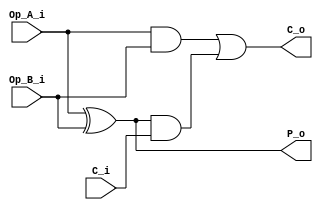
`timescale 1ns / 1ps
//////////////////////////////////////////////////////////////////////////////////
// Company: 
// Engineer: 
// 
// Design Name: 
// Module Name: Comb_1b
// Project Name: 
// Target Devices: 
// Tool Versions: 
// Description: 
// 
// Dependencies: 
// 
// Revision:
// Revision 0.01 - File Created
// Additional Comments:
// 
//////////////////////////////////////////////////////////////////////////////////


module Comb_1b(
    input wire Op_A_i,
    input wire Op_B_i,
    input wire C_i, //Carry in
    output wire C_o, //Carry out
    output wire P_o //Propagate (for LZA)
    );
    
    assign P_o = Op_A_i ^ Op_B_i;
    assign C_o = (Op_A_i & Op_B_i) | (P_o & C_i);
    //assign C_o = (Op_A_i & Op_B_i) | (Op_A_i & C_i) | (Op_B_i & C_i);
    
endmodule